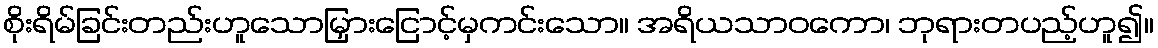
စိုးရိမ်ခြင်းတည်းဟူသောမြှားငြောင့်မှကင်းသော။ အရိယသာဝကော၊ ဘုရားတပည့်ဟူ၍။